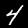
Digit: 4